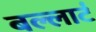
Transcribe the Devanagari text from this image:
बल्लार्ट